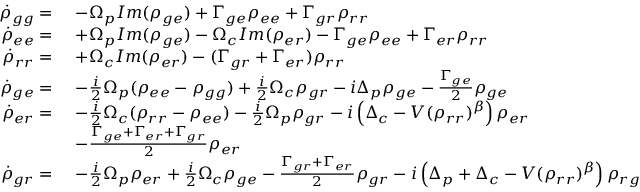
\begin{array} { r l } { \dot { \rho } _ { g g } = } & { \ - \Omega _ { p } I m ( \rho _ { g e } ) + \Gamma _ { g e } \rho _ { e e } + \Gamma _ { g r } \rho _ { r r } } \\ { \dot { \rho } _ { e e } = } & { \ + \Omega _ { p } I m ( \rho _ { g e } ) - \Omega _ { c } I m ( \rho _ { e r } ) - \Gamma _ { g e } \rho _ { e e } + \Gamma _ { e r } \rho _ { r r } } \\ { \dot { \rho } _ { r r } = } & { \ + \Omega _ { c } I m ( \rho _ { e r } ) - ( \Gamma _ { g r } + \Gamma _ { e r } ) \rho _ { r r } } \\ { \dot { \rho } _ { g e } = } & { \ - \frac { i } { 2 } \Omega _ { p } ( \rho _ { e e } - \rho _ { g g } ) + \frac { i } { 2 } \Omega _ { c } \rho _ { g r } - i \Delta _ { p } \rho _ { g e } - \frac { \Gamma _ { g e } } { 2 } \rho _ { g e } } \\ { \dot { \rho } _ { e r } = } & { \ - \frac { i } { 2 } \Omega _ { c } ( \rho _ { r r } - \rho _ { e e } ) - \frac { i } { 2 } \Omega _ { p } \rho _ { g r } - i \left( \Delta _ { c } - V ( \rho _ { r r } ) ^ { \beta } \right) \rho _ { e r } } \\ & { \ - \frac { \Gamma _ { g e } + \Gamma _ { e r } + \Gamma _ { g r } } { 2 } \rho _ { e r } } \\ { \dot { \rho } _ { g r } = } & { \ - \frac { i } { 2 } \Omega _ { p } \rho _ { e r } + \frac { i } { 2 } \Omega _ { c } \rho _ { g e } - \frac { \Gamma _ { g r } + \Gamma _ { e r } } { 2 } \rho _ { g r } - i \left( \Delta _ { p } + \Delta _ { c } - V ( \rho _ { r r } ) ^ { \beta } \right) \rho _ { r g } } \end{array}